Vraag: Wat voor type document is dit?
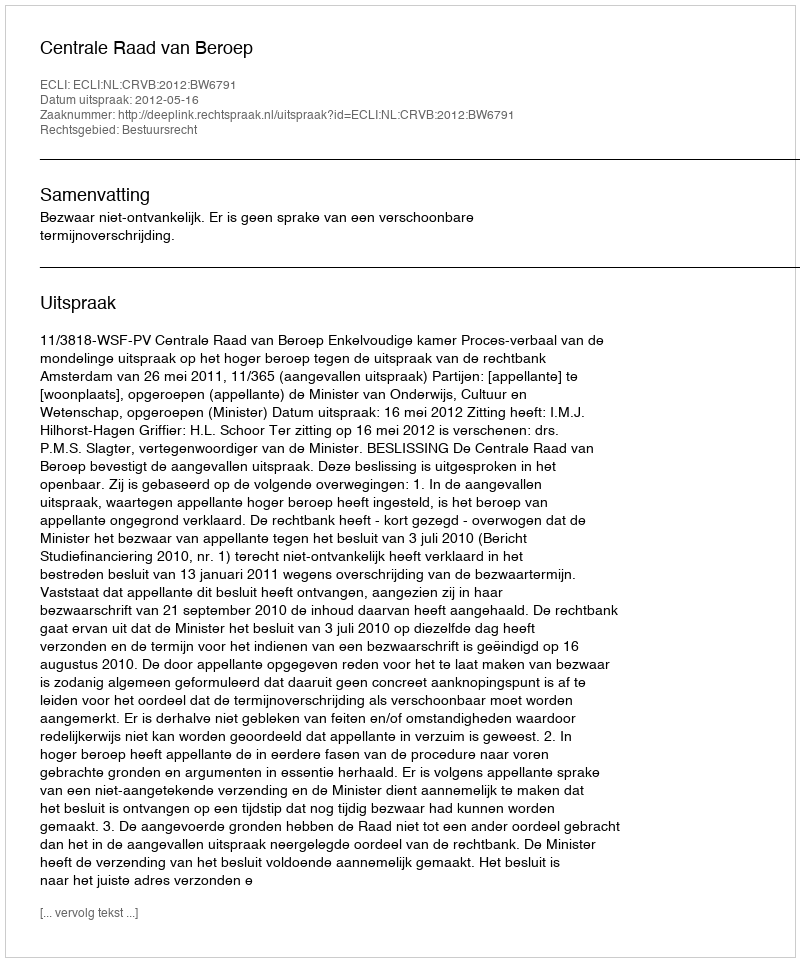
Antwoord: Uitspraak